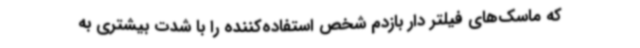
که ماسک‌های فیلتر دار بازدم شخص استفاده‌کننده را با شدت بیشتری به